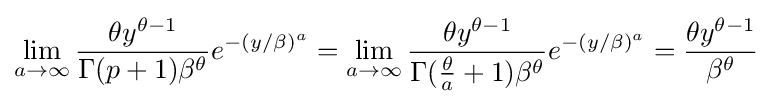
\lim _{a\rightarrow \infty }{\frac {\theta y^{\theta -1}}{\Gamma (p+1)\beta ^{\theta }}}e^{-(y/\beta )^{a}}=\lim _{a\rightarrow \infty }{\frac {\theta y^{\theta -1}}{\Gamma ({\frac {\theta }{a}}+1)\beta ^{\theta }}}e^{-(y/\beta )^{a}}={\frac {\theta y^{\theta -1}}{\beta ^{\theta }}}